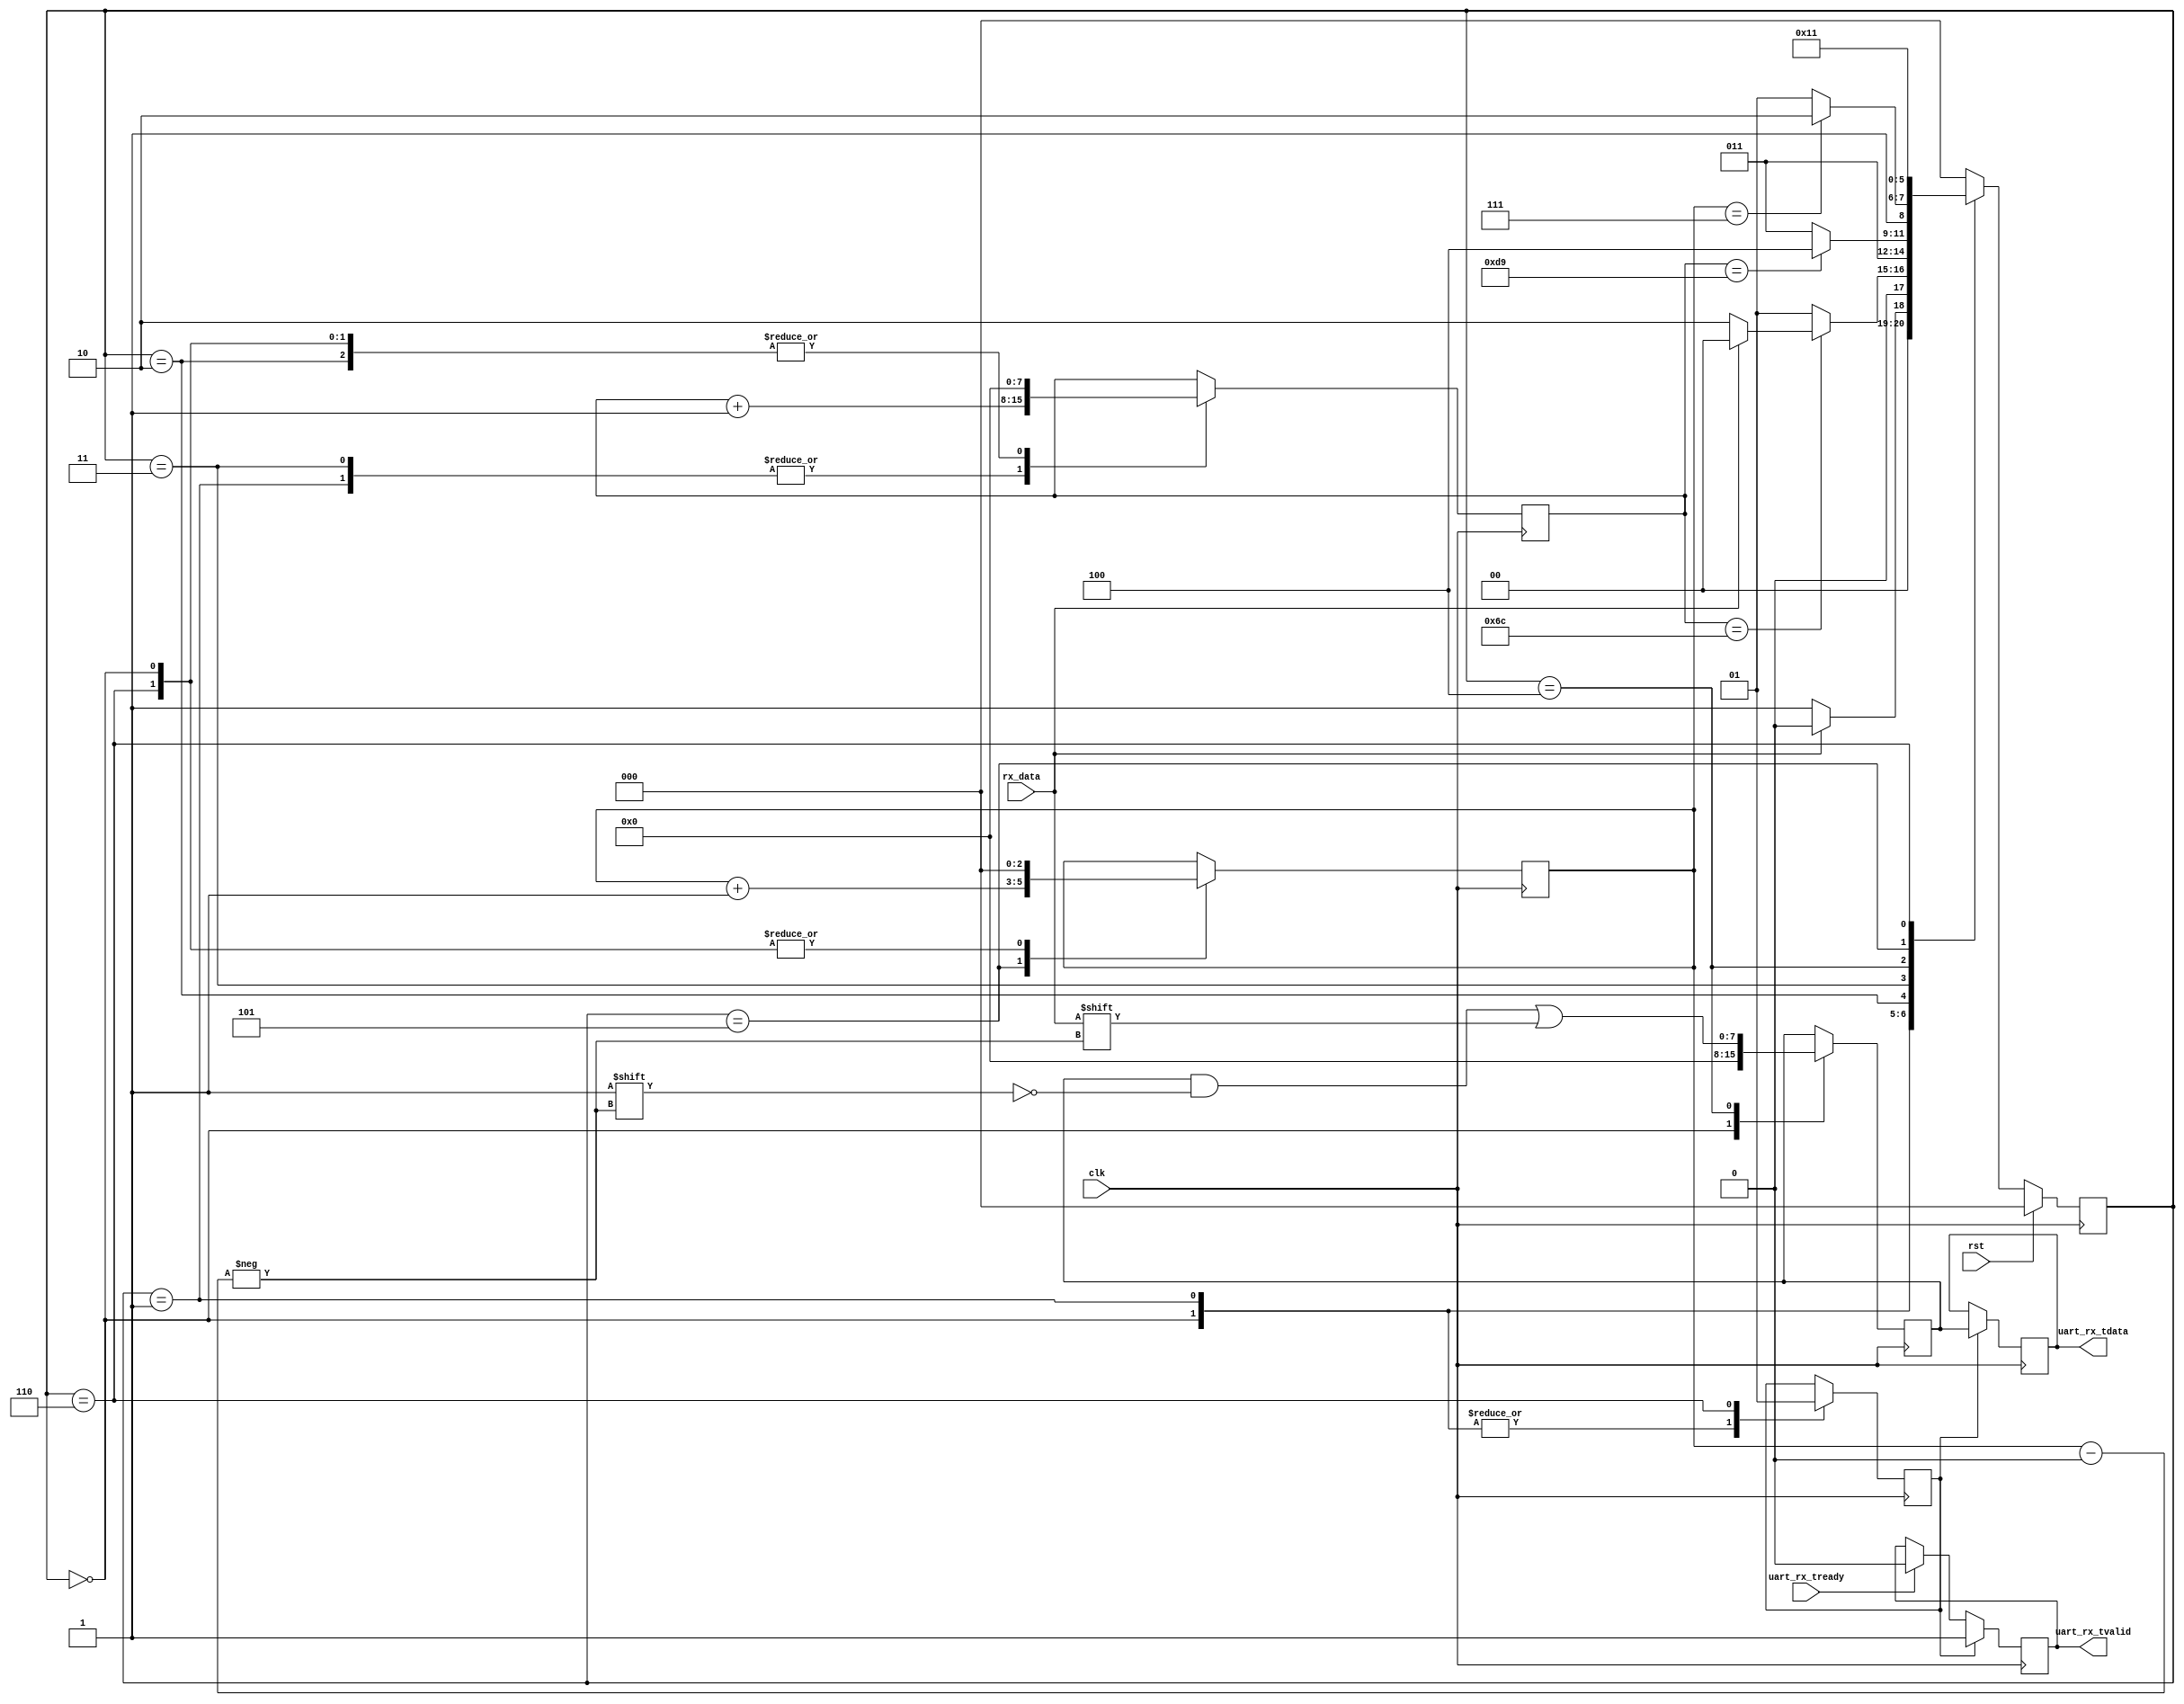
`default_nettype none

module uart_rx #(
    parameter CLK_FREQ = 25_000_000,
    parameter BAUD_RATE = 115200,
    parameter N_BITS = 8
) (

    input wire rst,
    input wire clk,
    input wire rx_data,  //from the outside world
    output wire [N_BITS-1:0] uart_rx_tdata,
    output wire uart_rx_tvalid,
    input wire uart_rx_tready
);
    localparam  state0 = 3'b000;    //idle
    localparam  state1 = 3'b001;
    localparam  state2 = 3'b010;
    localparam  state3 = 3'b011;
    localparam  state4 = 3'b100;
    localparam  state5 = 3'b101;
    localparam  state6 = 3'b110;
    
    localparam N_TICKS = CLK_FREQ/BAUD_RATE;

    reg [2:0] state=0, next_state=0;
    reg r_valid=0, rr_valid;
    reg [N_BITS-1:0] r_data=0, rr_data=0;
    
    reg [$clog2(N_TICKS)-1:0] counter=0;
    reg [$clog2(N_BITS)-1:0] index = 0;


    always@(posedge clk)begin
        if(rst)
            state <= state0;
        else
            state <= next_state;
    end

    always@(*)begin
        case(state)
            state0: begin
                if(rx_data)     next_state = state0;
                else            next_state = state1;
            end
            state1: begin
                if(counter==(N_TICKS-1)/2) begin
                    if(~rx_data)    next_state = state2;
                    else            next_state = state0;
                end
                else
                    next_state = state1;
            end
            state2:
                next_state = state3;
            state3: begin
                if(counter == N_TICKS)  next_state = state4;
                else                    next_state = state3;
            end
            state4: begin
                if(index==(N_BITS-1)) next_state = state6;
                else                next_state = state5;
            end
            state5:
                next_state = state2;
            state6:
                next_state = state1; //state0;
            default:
                next_state = state0;
        endcase
    end

    always@(posedge clk)begin
        case(state) 
            state0: begin
                counter <= 0;
                r_valid <= 0;
                index <=0;
                r_data <=0;                
            end
            state1:begin
                counter <= counter +1;
                r_valid <=0;
            end
            state2:
                counter <=0;
            state3:
                counter <= counter +1;
            state4:
                r_data[index] <= rx_data;
            state5:
                index <= index+1;
            state6:begin
                r_valid <= 1;
                index <=0;
                counter <= 0;
            end
        endcase
    end

    always@(posedge clk)begin
        if(r_valid) begin
            rr_data<= r_data;
            rr_valid <= 1;
        end
        else begin
            rr_data <= rr_data;
            if(uart_rx_tready)
                rr_valid <= 0;
            else
                rr_valid <= rr_valid;
        end
    end

    assign uart_rx_tdata = rr_data;
    assign uart_rx_tvalid = rr_valid;

endmodule